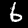
Digit: 6